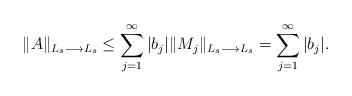
LaTeX: \begin{align*}\Vert A \Vert_{L_s\longrightarrow L_s} \leq \sum_{j=1}^\infty \vert b_j \vert \Vert M_j \Vert_{L_s\longrightarrow L_s}=\sum_{j=1}^\infty \vert b_j \vert.\end{align*}